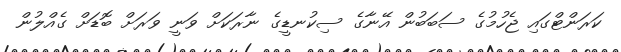
ކަރަންޓްގައި ޖެހުމުގެ ސަބަބުން އޭނާގެ ސިކުނޑީގެ ނާރަކަށް ވަނީ ވަރަށް ބޮޑަށް ގެއްލުން